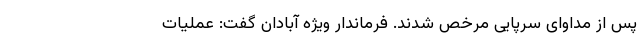
پس از مداوای سرپایی مرخص شدند. فرماندار ویژه آبادان گفت‌: عملیات